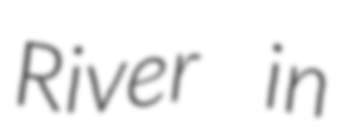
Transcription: River in